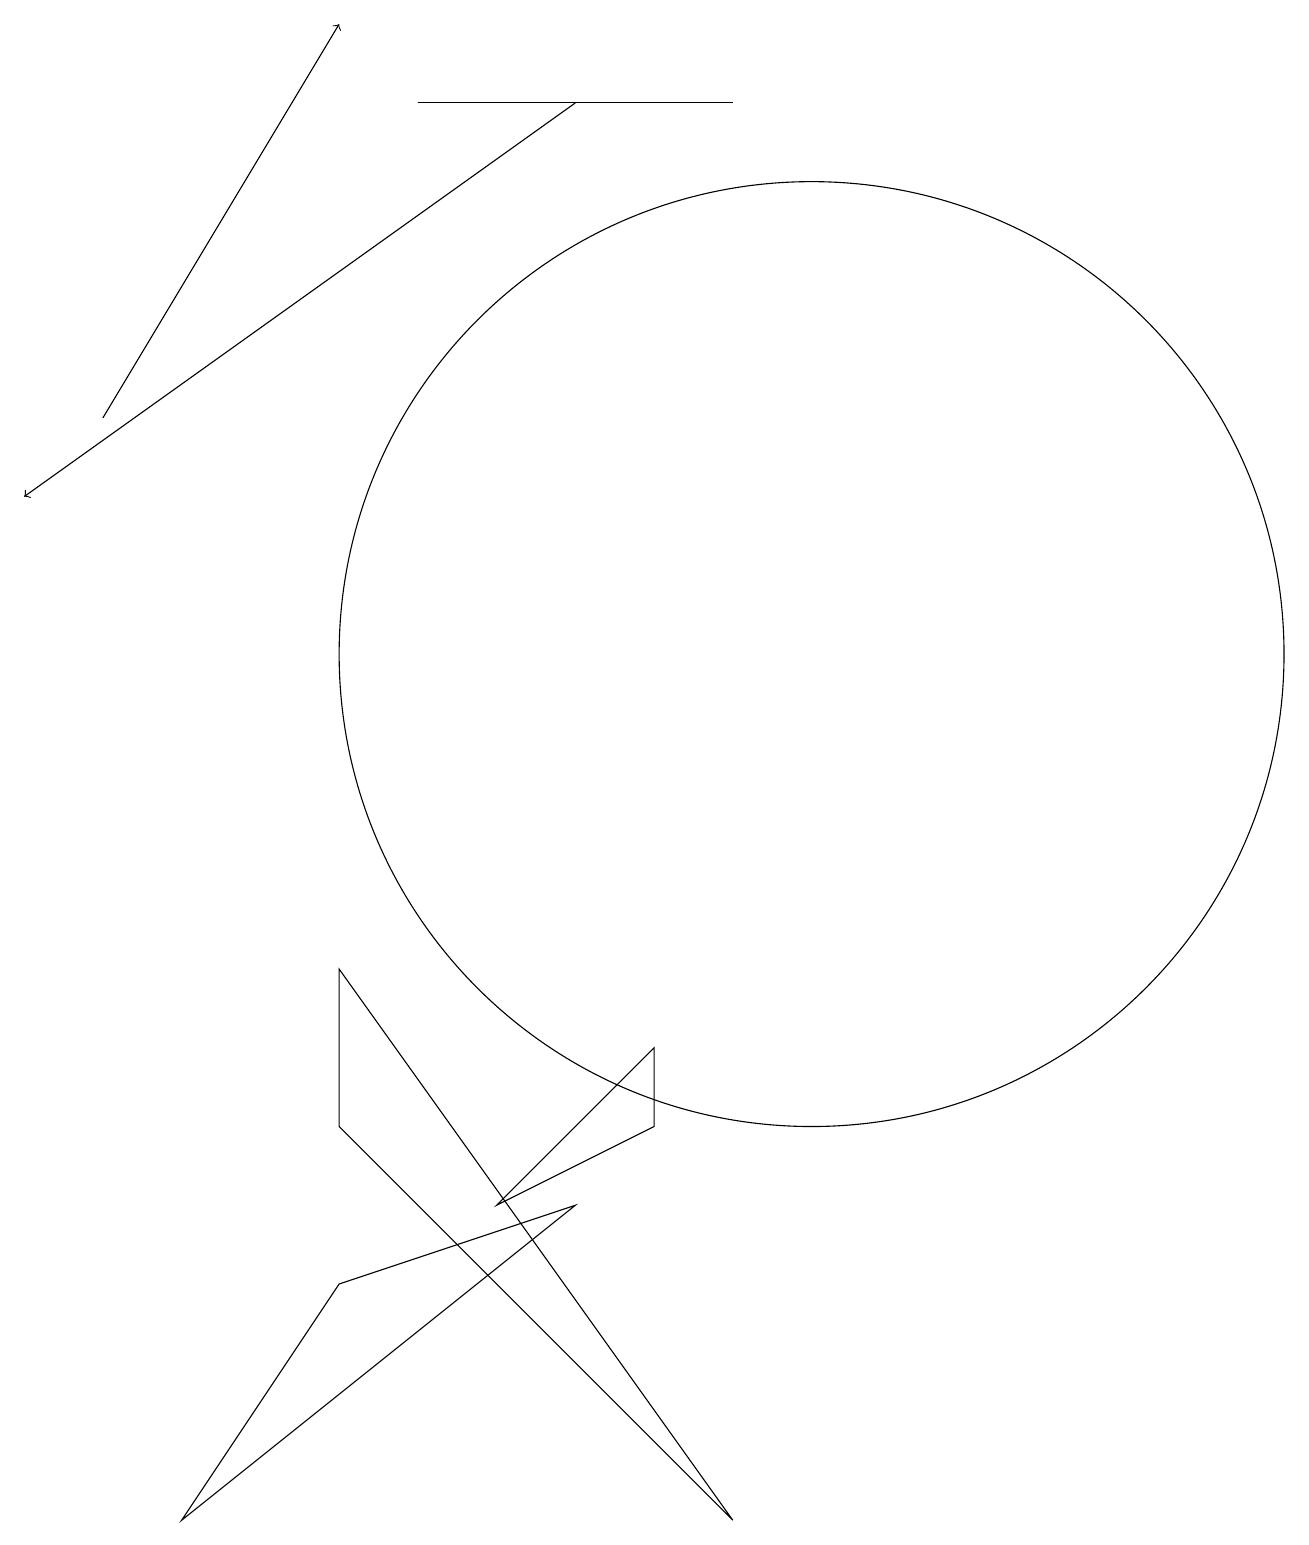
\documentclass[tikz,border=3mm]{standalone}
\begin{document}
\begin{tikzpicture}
\draw (4,7) -- (9,0) -- (4,5) -- cycle;
\draw (8,6) -- (6,4) -- (8,5) -- cycle;
\draw (10,11) circle (6);
\draw (9,18) rectangle (5,18);
\draw (4,3) -- (2,0) -- (7,4) -- cycle;
\draw[->] (1,14) -- (4,19);
\draw[->] (7,18) -- (0,13);
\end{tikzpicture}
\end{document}